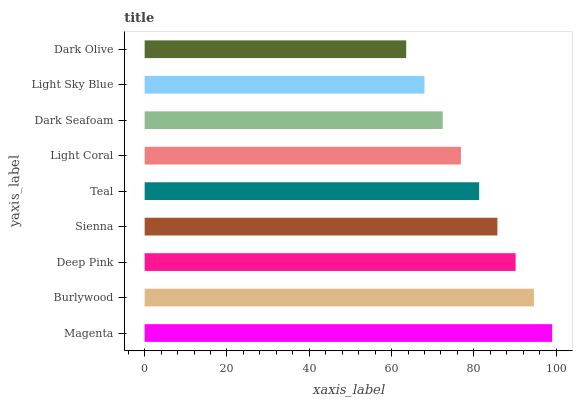
| yaxis_label | bars |
 | --- | --- |
 | Magenta | 99 |
 | Burlywood | 94.6 |
 | Deep Pink | 90.1 |
 | Sienna | 85.7 |
 | Teal | 81.3 |
 | Light Coral | 76.8 |
 | Dark Seafoam | 72.4 |
 | Light Sky Blue | 68 |
 | Dark Olive | 63.5 |